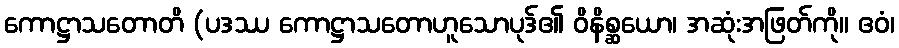
ကောဋ္ဌာသတောတိ (ပဒဿ ကောဋ္ဌာသတောဟူသောပုဒ်၏ ဝိနိစ္ဆယော၊ အဆုံးအဖြတ်ကို။ ဧဝံ၊